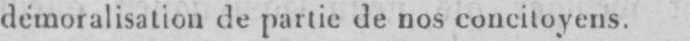
démoralisation de partie de nos concitoyens.